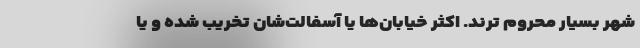
شهر بسیار محروم ترند. اکثر خیابان‌ها یا آسفالت‌شان تخریب شده و یا